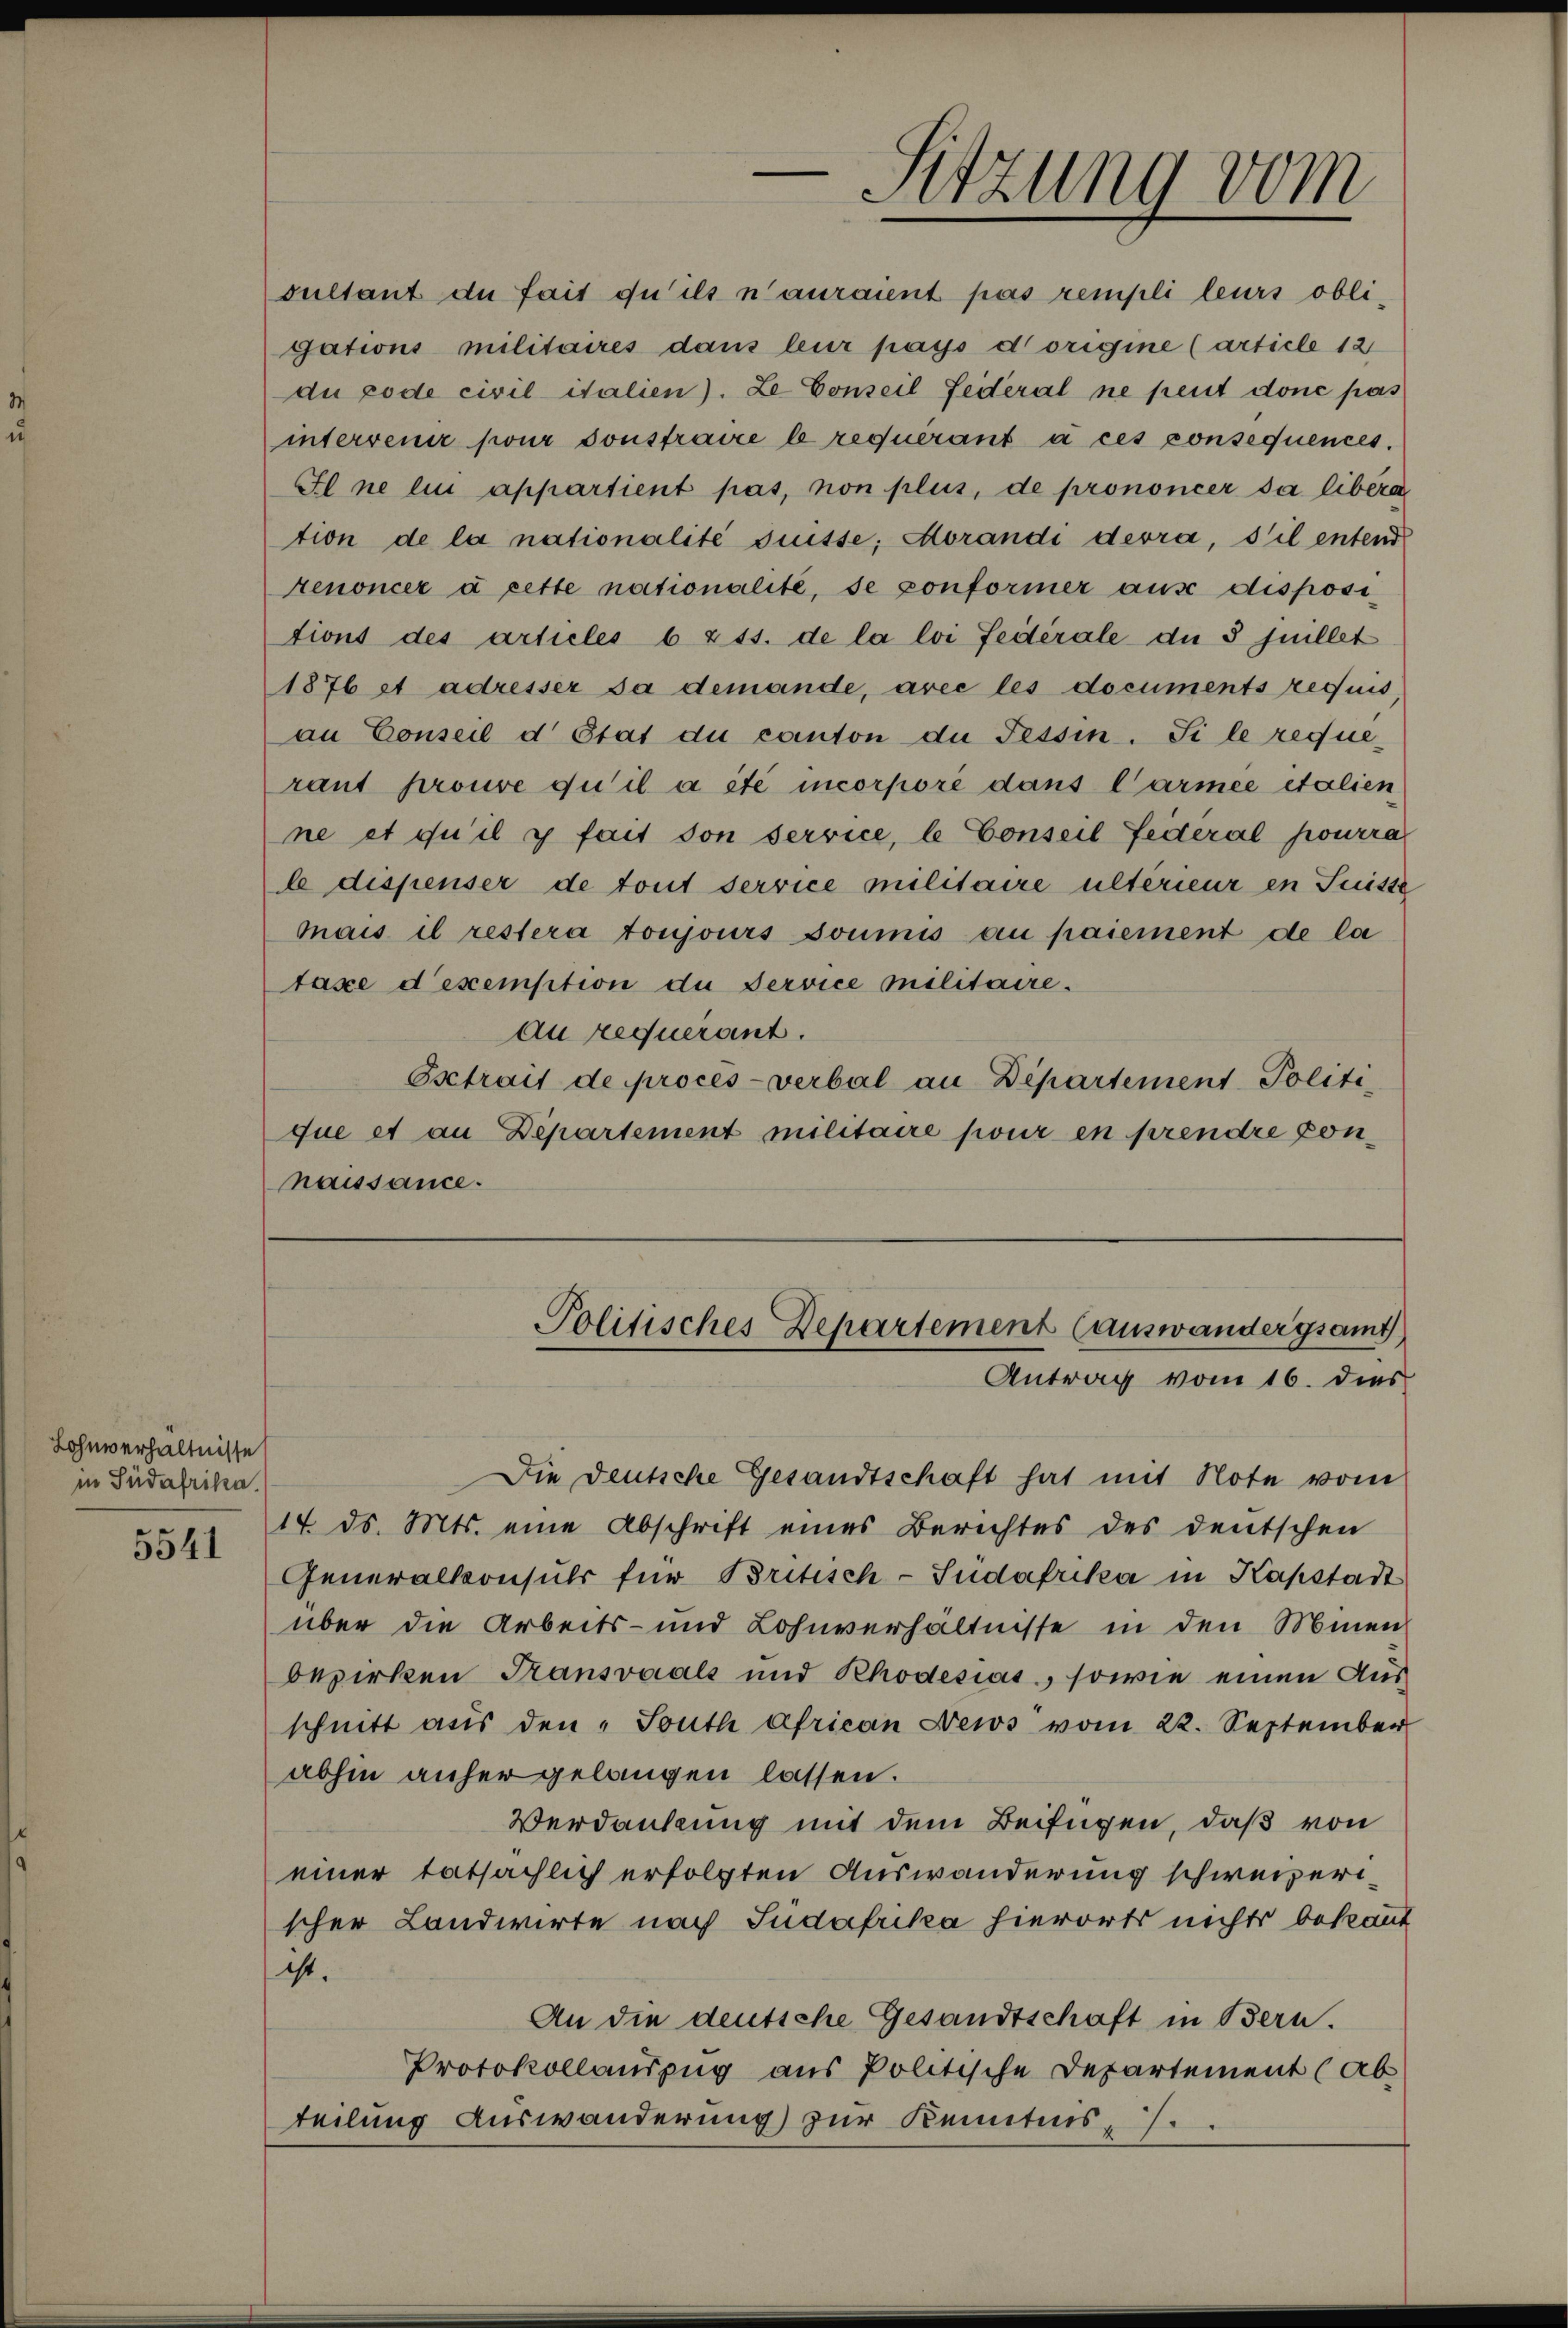
Lohnverhältnisse
in Südafrika.

5541

sultant de fait qu’ils n’auraient pas rempli leurs obligations militaires dans leur pass dorigine (article 12
du code civilitalien). Le Conseil Federal ne peut done pas
intervenir pour sonstraire le requérant à ces consequences.
Il ne lin appartient pas, non plus, de prononcer sa libéra
tion de la nationalité disse; Morandi devra, s’il entend
renoncer à cette nationalité, se conformer aus dispositions des articles b zss. de la loi fédérale du 3 juillet
1876 et adresser sa demande, avec les documents requis
an Conseil d. Stat du canton die Tessin. Si le requeraut prouve qu’il a été incorpore dans Carmee italien
ne et qu’il y fait don service, le Conseil Federal pourra
le dispenser de tout service militaire ultérieur en Suisse
mais il restera toujours soumis au paiement de la
taxe dexemption du Service militaire.

Sitzung vom

au requerant.
Osetrait de procès-verbal an Departement-Politi
que et an Departement militaire pour en prendre connaissance.

Die Deutsche Gesandtschaft hat mit Note vom
17. ds. Mts. eine Abschrift eines Berichtes des deutschen
Generalkonsuls für Britisch-Sudafrika in Kapstadt
über die Arbeits- und Lohnverhältnisse in den Minen
bezirken Transvaals und Rhodesias, sowie einen Aus
schnitt aus den „South african News vom 22. September
abhin anher gelangen lassen.
Verdankung mit dem Beifügen, daß von
einer tatsächlich erfolgten Auswanderung schweizerischer Landwirte nach Judafrika hierorts nichts bekant
ist.
An die deutsche Gesandtschaft in Bern.
Protokollauszug aus Politische Departement (Ab
teilung Auswanderung zur Kenntnis.

Politisches Departement (auswandergsamt
Antrag vom 16. dies